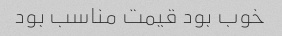
خوب بود قیمت مناسب بود